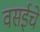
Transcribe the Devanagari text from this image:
वसईचे